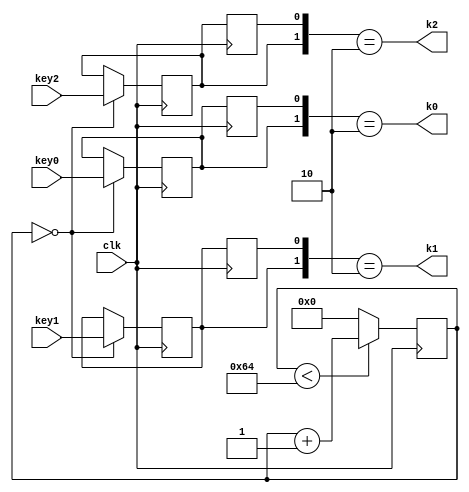
module keys (
	input wire clk,
	input wire key0,key1,key2,
	output wire k0,k1,k2

);
	reg [19:0] cnt_10ms;
	initial cnt_10ms = 20'b0;

	always@(posedge clk) begin		
			if(cnt_10ms < 20'd100) cnt_10ms <= cnt_10ms + 20'b1;//20'd1000_000
			else cnt_10ms <= 20'b0;
	end

	reg key_0_smp, key_1_smp,key_2_smp;
	initial begin
	key_0_smp = 0;
	key_1_smp = 0;
	key_2_smp = 0;

	end

	always@(posedge clk) begin
		if(cnt_10ms == 20'd000) begin
			key_0_smp <= key0;
			key_1_smp <= key1;
			key_2_smp <= key2;

		end
	end

	reg k0_dly, k1_dly,k2_dly ;
	always@(posedge clk) begin
		k0_dly = key_0_smp;
		k1_dly <= key_1_smp;
		k2_dly <= key_2_smp;
	end

	assign k0= ({key_0_smp, k0_dly} == 2'b10);
	assign k1= ({key_1_smp, k1_dly} == 2'b10);
	assign k2= ({key_2_smp, k2_dly} == 2'b10);

endmodule